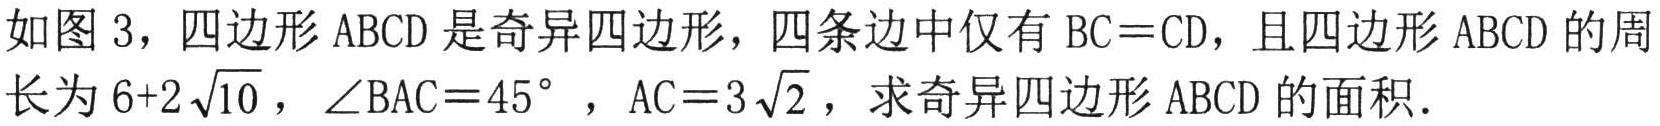
如图3，四边形\(ABCD\)是奇异四边形，四条边中仅有\(BC = CD\)，且四边形\(ABCD\)的周长为\(6 + 2\sqrt{10}\)，\(\angle BAC = 45^{\circ}\)，\(AC = 3\sqrt{2}\)，求奇异四边形\(ABCD\)的面积．